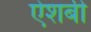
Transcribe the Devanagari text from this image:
ऐशबी